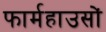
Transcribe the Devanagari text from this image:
फार्महाउसों